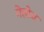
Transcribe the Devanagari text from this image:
गेलोज